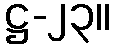
ဋ္ဌ-၂၃။